Civil Veterinary Department Bihar reports 1936-40 - 1936-1940
Year: 1936
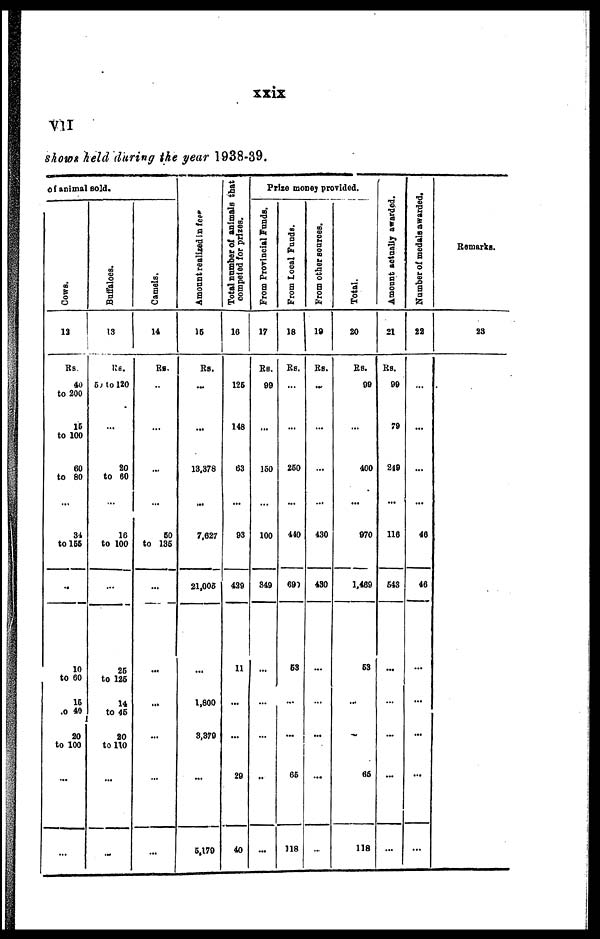
xxix
VII
shows held during the year 1938-39.
of animal sold.
Cows.
18
Rs
40
to 800
18
to 100
60
to 80
84
to155
-
10
to 60
16
.0 40
J
80
to 100
...
...
Buffaloes.
13
Rs.
5, 10 120
...
80
to 60
16
to 100
...
86
to 186
14
to 46
20
to 110
...
...
Camels.
14
Rs.
...
...
...
60
to 186
...
...
...
...
...
...
Amount realised in fees
16
Rs.
...
...
18.878
7,627
21,005
...
1,800
3,379
~
5,179
Total number of animals that
competed for prises.
16
125
148
63
93
429
11
...
...
29
40
Prize money provided.
From Provincial Funds.
17
Rs.
99
...
160
100
840
...
...
...
..
...
From Local Funds.
18
Rs.
...
...
260
440
690
68
...
...
66
118
From other sources.
19
Rs.
...
...
...
430
480
...
...
...
...
...
Total.
20
Rs.
99
...
400
970
1.469
63
...
...
66
118
Amount actually awarded.
21
Rs.
99
79
849
116
648
...
...
...
...
...
Number of medals awarded.
22
...
...
...
46
46
...
...
...
...
...
Remarks.
as